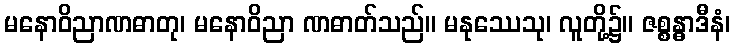
မနောဝိညာဏဓာတု၊ မနောဝိညာ ဏဓာတ်သည်။ မနုဿေသု၊ လူတို့၌။ ဇစ္စန္ဓာဒီနံ၊